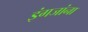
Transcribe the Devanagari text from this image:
इंगजांना